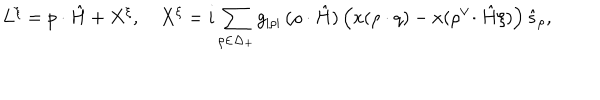
L ^ { \xi } = p \cdot \hat { H } + X ^ { \xi } , \quad X ^ { \xi } = i \sum _ { \rho \in \Delta _ { + } } g _ { | \rho | } \, ( \rho \cdot \hat { H } ) \left( x ( \rho \cdot q ) - x ( \rho ^ { \vee } \! \cdot \hat { H } \xi ) \right) \hat { s } _ { \rho } ,